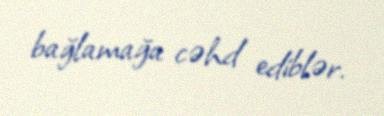
bağlamağa cəhd ediblər.